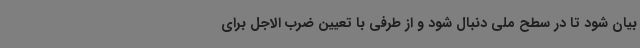
بیان شود تا در سطح ملی دنبال شود و از طرفی با تعیین ضرب الاجل برای